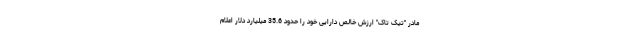
مادر "تیک تاک" ارزش خالص دارایی خود را حدود 35.6 میلیارد دلار اعلام